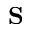
\textbf { S }